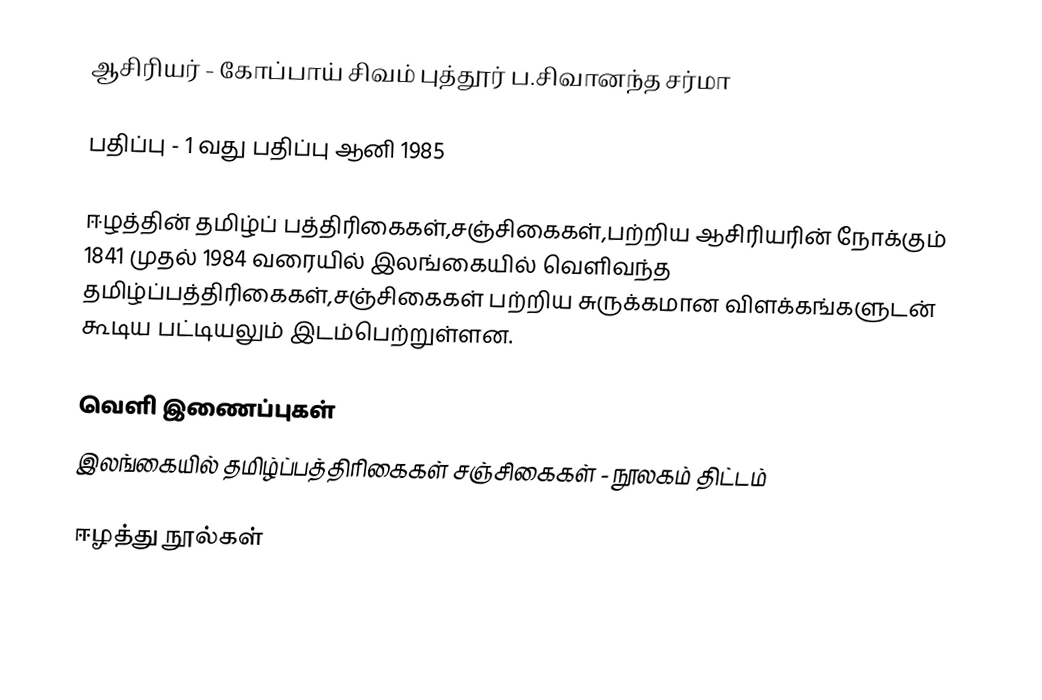
ஆசிரியர் - கோப்பாய் சிவம் புத்தூர் ப.சிவானந்த சர்மா

பதிப்பு - 1 வது பதிப்பு ஆனி 1985

ஈழத்தின் தமிழ்ப் பத்திரிகைகள்,சஞ்சிகைகள்,பற்றிய ஆசிரியரின் நோக்கும் 1841 முதல் 1984 வரையில் இலங்கையில் வெளிவந்த தமிழ்ப்பத்திரிகைகள்,சஞ்சிகைகள் பற்றிய சுருக்கமான விளக்கங்களுடன் கூடிய பட்டியலும் இடம்பெற்றுள்ளன.

வெளி இணைப்புகள்
 இலங்கையில் தமிழ்ப்பத்திரிகைகள் சஞ்சிகைகள் - நூலகம் திட்டம்

ஈழத்து நூல்கள்